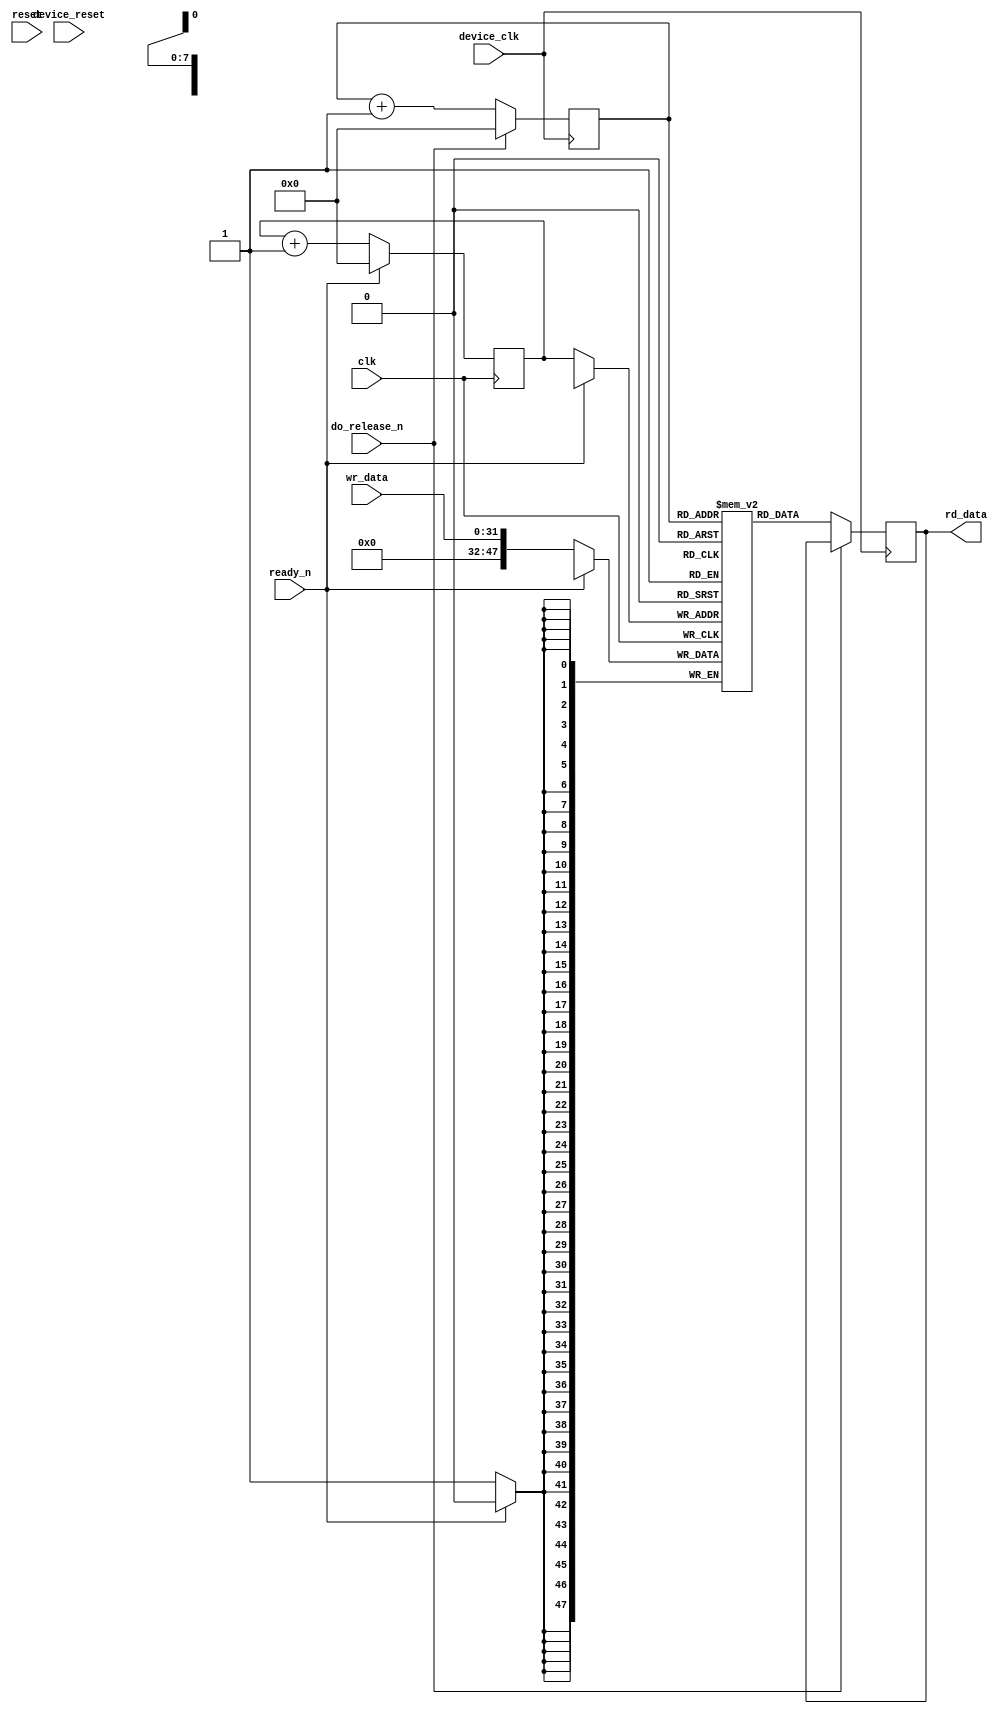
//
// The ADI JESD204 Core is released under the following license, which is
// different than all other HDL cores in this repository.
//
// Please read this, and understand the freedoms and responsibilities you have
// by using this source code/core.
//
// The JESD204 HDL, is copyright  2016-2017 Analog Devices Inc.
//
// This core is free software, you can use run, copy, study, change, ask
// questions about and improve this core. Distribution of source, or resulting
// binaries (including those inside an FPGA or ASIC) require you to release the
// source of the entire project (excluding the system libraries provide by the
// tools/compiler/FPGA vendor). These are the terms of the GNU General Public
// License version 2 as published by the Free Software Foundation.
//
// This core  is distributed in the hope that it will be useful, but WITHOUT ANY
// WARRANTY; without even the implied warranty of MERCHANTABILITY or FITNESS FOR
// A PARTICULAR PURPOSE. See the GNU General Public License for more details.
//
// You should have received a copy of the GNU General Public License version 2
// along with this source code, and binary.  If not, see
// <http://www.gnu.org/licenses/>.
//
// Commercial licenses (with commercial support) of this JESD204 core are also
// available under terms different than the General Public License. (e.g. they
// do not require you to accompany any image (FPGA or ASIC) using the JESD204
// core with any corresponding source code.) For these alternate terms you must
// purchase a license from Analog Devices Technology Licensing Office. Users
// interested in such a license should contact jesd204-licensing@analog.com for
// more information. This commercial license is sub-licensable (if you purchase
// chips from Analog Devices, incorporate them into your PCB level product, and
// purchase a JESD204 license, end users of your product will also have a
// license to use this core in a commercial setting without releasing their
// source code).
//
// In addition, we kindly ask you to acknowledge ADI in any program, application
// or publication in which you use this JESD204 HDL core. (You are not required
// to do so; it is up to your common sense to decide whether you want to comply
// with this request or not.) For general publications, we suggest referencing :
// The design and implementation of the JESD204 HDL Core used in this project
// is copyright  2016-2017, Analog Devices, Inc.
//

`timescale 1ns/100ps

module elastic_buffer #(
  parameter IWIDTH = 32,
  parameter OWIDTH = 48,
  parameter SIZE = 256,
  parameter ASYNC_CLK = 0
) (
  input clk,
  input reset,

  input device_clk,
  input device_reset,

  input [IWIDTH-1:0] wr_data,

  output [OWIDTH-1:0] rd_data,

  input ready_n,
  input do_release_n
);

  localparam ADDR_WIDTH = SIZE > 128 ? 7 :
    SIZE > 64 ? 6 :
    SIZE > 32 ? 5 :
    SIZE > 16 ? 4 :
    SIZE > 8 ? 3 :
    SIZE > 4 ? 2 :
    SIZE > 2 ? 1 : 0;

  localparam WIDTH = OWIDTH >= IWIDTH ? OWIDTH : IWIDTH;

  reg [ADDR_WIDTH:0] wr_addr = 'h00;
  reg [ADDR_WIDTH:0] rd_addr = 'h00;
  (* ram_style = "distributed" *) reg [WIDTH-1:0] mem[0:SIZE - 1];
  reg             mem_rd_valid = 'b0;
  reg [WIDTH-1:0] mem_rd_data;

  wire mem_wr;
  wire [WIDTH-1:0] mem_wr_data;
  wire unpacker_ready;

  generate if ((OWIDTH < IWIDTH) && ASYNC_CLK) begin

    assign mem_wr = 1'b1;

    always @(posedge clk) begin
      if (ready_n) begin
        wr_addr <= 'h00;
      end else if (mem_wr) begin
        wr_addr <= wr_addr + 1;
      end
    end

    always @(posedge clk) begin
      if (mem_wr) begin
        mem[wr_addr] <= wr_data;
      end
    end

    assign mem_rd_en = ~do_release_n & unpacker_ready;

    always @(posedge device_clk) begin
      if (mem_rd_en) begin
        mem_rd_data <= mem[rd_addr];
      end
      mem_rd_valid <= mem_rd_en;
    end

    always @(posedge device_clk) begin
      if (do_release_n) begin
        rd_addr <= 'b0;
      end else if (mem_rd_en) begin
        rd_addr <= rd_addr + 1;
      end
    end

    ad_upack #(
      .I_W(IWIDTH/8),
      .O_W(OWIDTH/8),
      .UNIT_W(8),
      .O_REG(0)
    ) i_ad_upack (
      .clk(device_clk),
      .reset(do_release_n),
      .idata(mem_rd_data),
      .ivalid(mem_rd_valid),
      .iready(unpacker_ready),

      .odata(rd_data),
      .ovalid());

    end else begin
      if ((OWIDTH > IWIDTH) && ASYNC_CLK) begin
        ad_pack #(
          .I_W(IWIDTH/8),
          .O_W(OWIDTH/8),
          .UNIT_W(8)
        ) i_ad_pack (
          .clk(clk),
          .reset(ready_n),
          .idata(wr_data),
          .ivalid(1'b1),

          .odata(mem_wr_data),
          .ovalid(mem_wr));
      end else begin
        assign mem_wr = 1'b1;
        assign mem_wr_data = wr_data;
      end

      always @(posedge clk) begin
        if (ready_n == 1'b1) begin
          wr_addr <= 'h00;
        end else if (mem_wr) begin
          mem[wr_addr] <= mem_wr_data;
          wr_addr <= wr_addr + 1'b1;
        end
      end

      always @(posedge device_clk) begin
        if (do_release_n == 1'b1) begin
          rd_addr <= 'h00;
        end else begin
          rd_addr <= rd_addr + 1'b1;
          mem_rd_data <= mem[rd_addr];
        end
      end

      assign rd_data = mem_rd_data;

    end
  endgenerate

endmodule